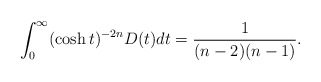
\begin{align*}\int^\infty_0 (\cosh t)^{-2n}D(t)dt= \frac{1}{(n-2)(n-1)}.\end{align*}